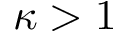
\kappa > 1